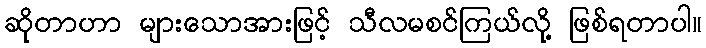
ဆိုတာဟာ များသောအားဖြင့် သီလမစင်ကြယ်လို့ ဖြစ်ရတာပါ။